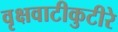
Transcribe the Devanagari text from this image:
वृक्षवाटीकुटीरे